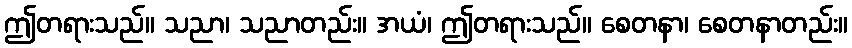
ဤတရားသည်။ သညာ၊ သညာတည်း။ အယံ၊ ဤတရားသည်။ စေတနာ၊ စေတနာတည်း။